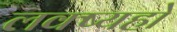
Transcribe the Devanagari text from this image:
लक्ष्यहो